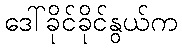
ဒေါ်ခိုင်ခိုင်နွယ်က